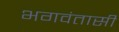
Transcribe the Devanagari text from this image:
भगवंतासी